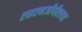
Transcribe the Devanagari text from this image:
एसएनजीपीएलचा